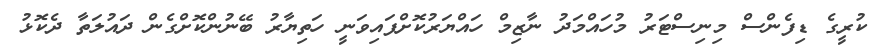
ކުރީގެ ޑިފެންސް މިނިސްޓަރު މުހައްމަދު ނާޒިމް ހައްޔަރުކޮށްފައިވަނީ ހަތިޔާރު ބޭނުންކޮށްގެން ދައުލަތާ ދެކޮޅު